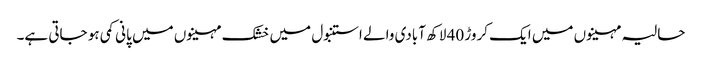
حالیہ مہینوں میں ایک کروڑ 40 لاکھ آبادی والے استنبول میں خشک مہینوں میں پانی کمی ہو جاتی ہے۔